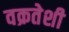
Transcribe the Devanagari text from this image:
वक्रतेशी